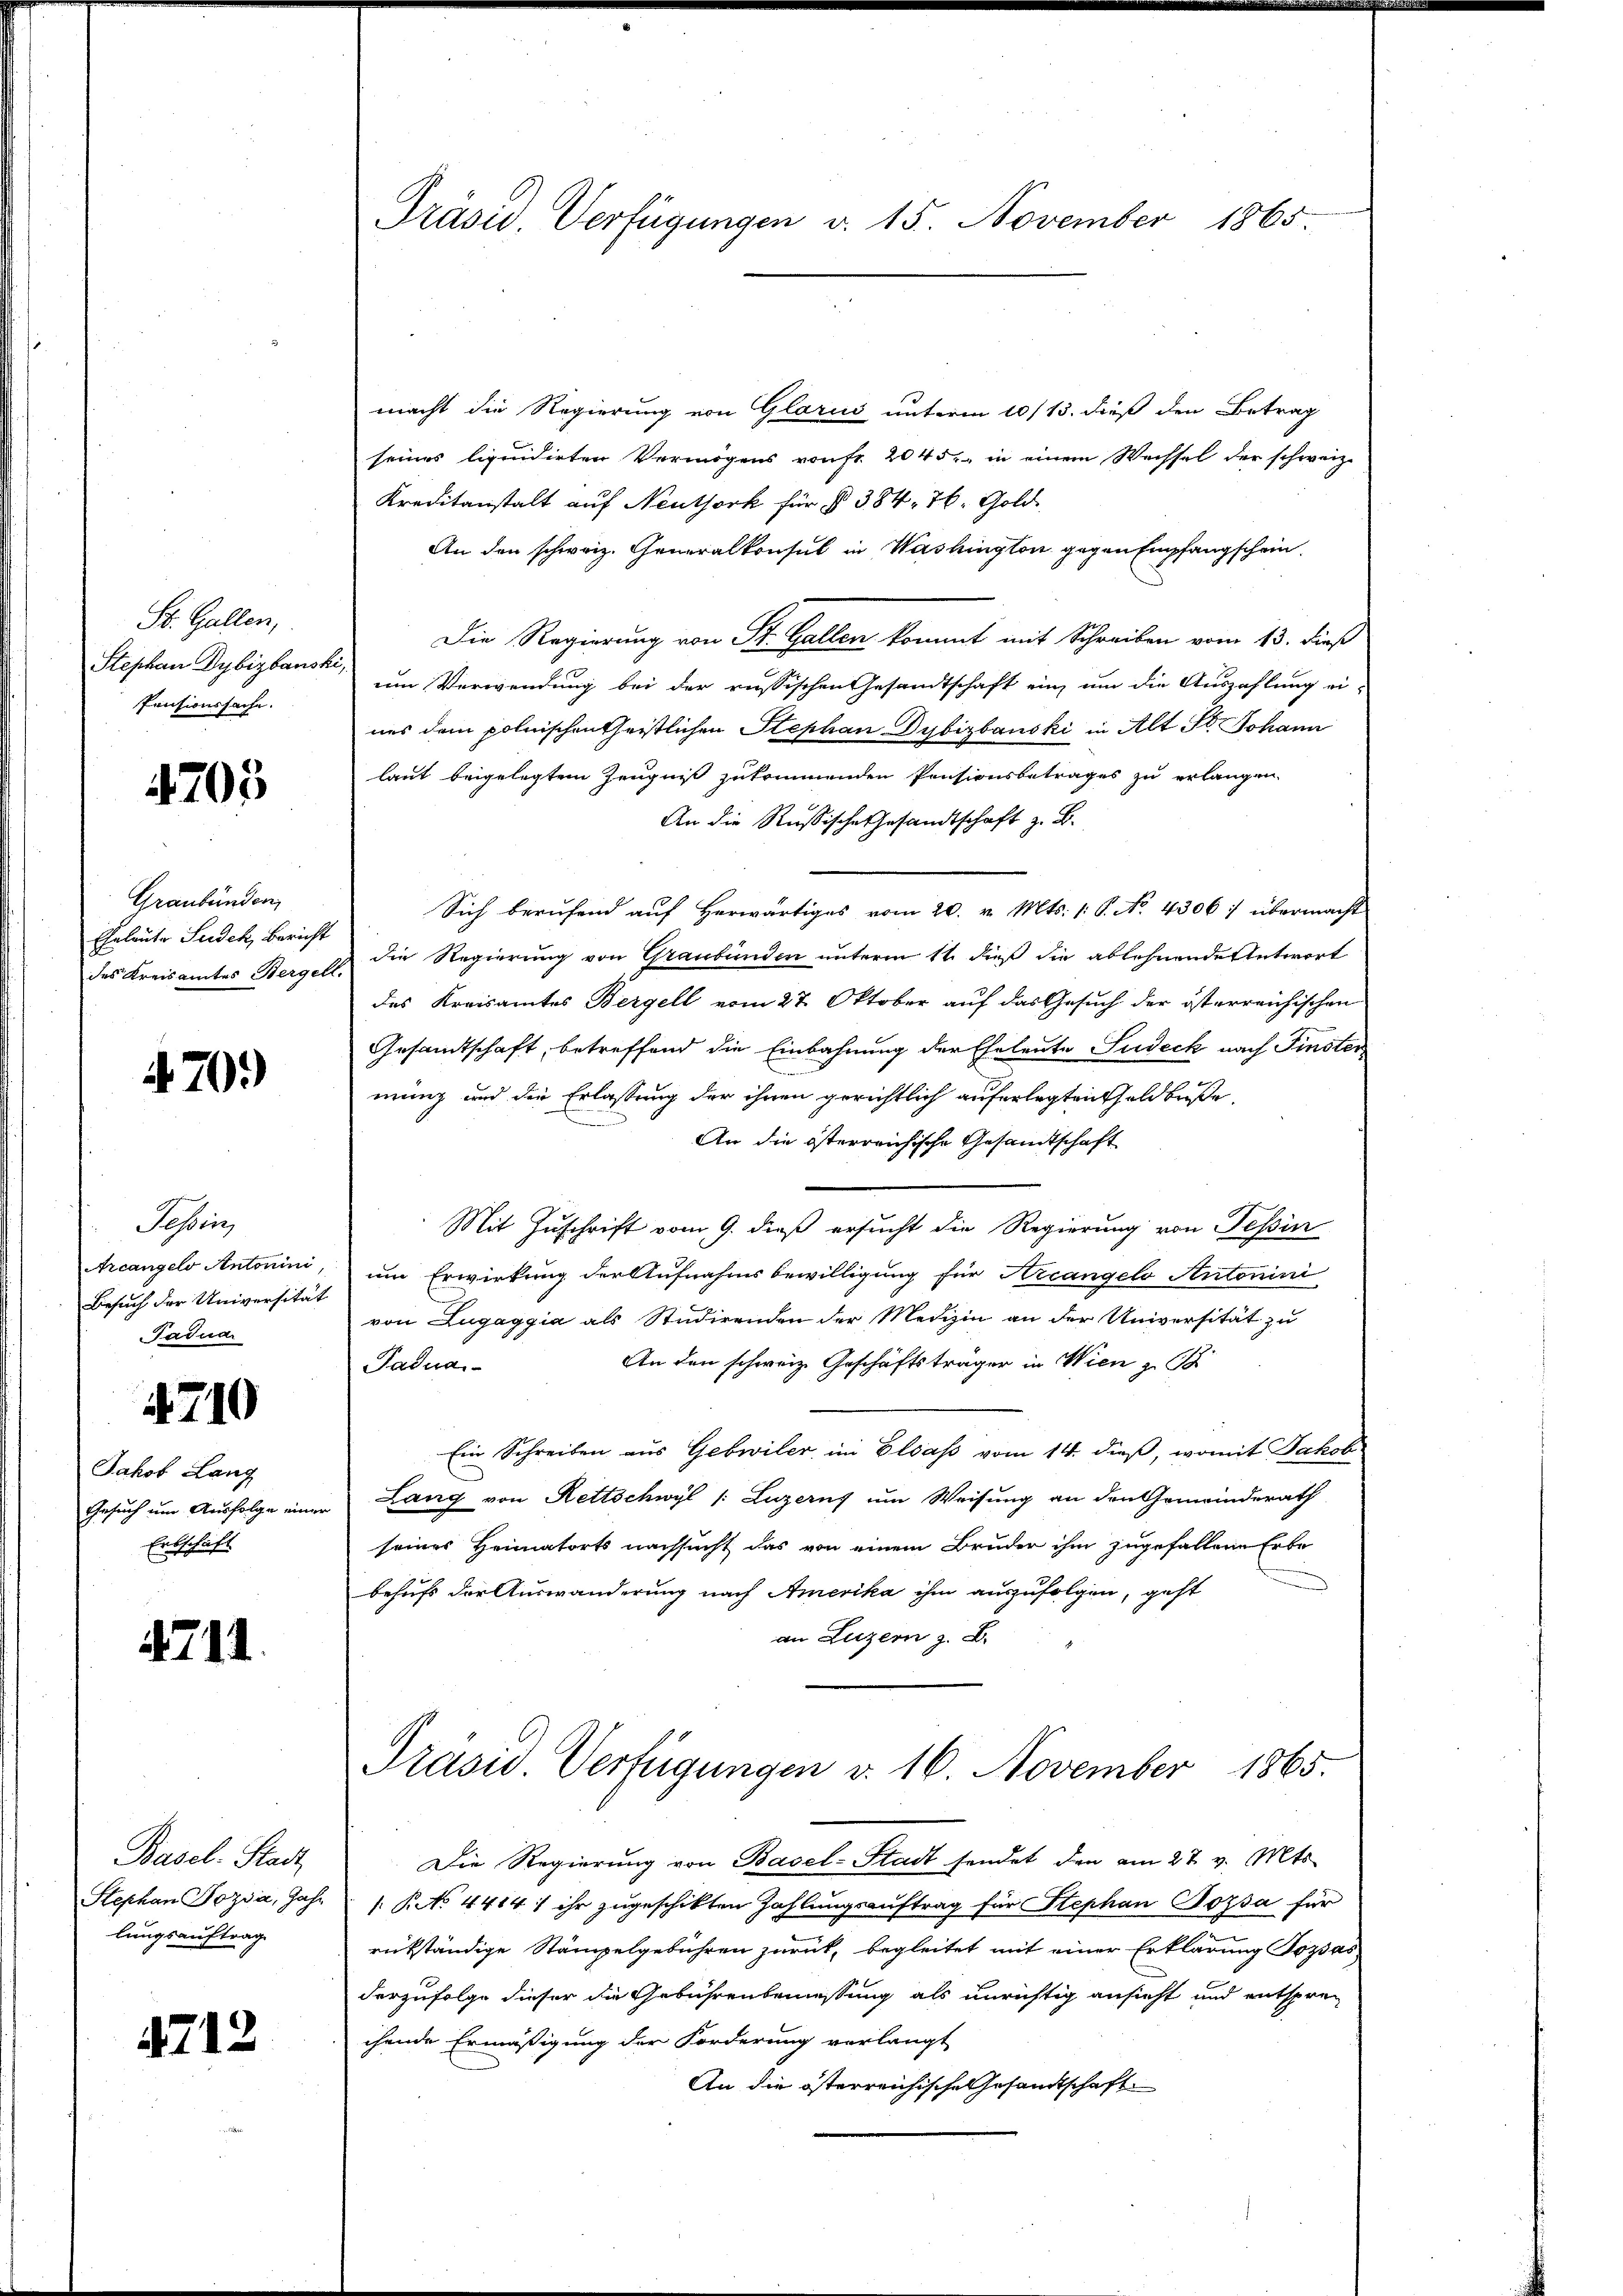
St. Gallen,
Stephan Dybizbausk
Pensionssache.

4705

Graubünden,
Eheleute Seidek, Bericht
des Kreisamtes Bergell

470.

Tessin,
Arcangelo Antonini,
Besuch der Universität
Tadua

4710

Jakob Lang
Gesuch um Ausfolge eine
Erbschäft

4711

Basel. Stadt
Stephan Pozda, Jahr
lungsauftrag

4712

Präsid. Verfügungen v. 15. November 1865.

macht die Regierung von Glarus unterm 10/13. dieß den Betrag
seines liquidirten Vermögens von fr. 2045, in einem Wechsel der schweiz.
Kreditanstalt auf Neuthork für § 384, 76, Gold
An den schweiz. Generalkonsul in Washington gegen Empfangschein.
Die Regierung von St. Gallen kommt mit Schreiben vom 13. dieß
 um Verwendung bei der russischen Gesandtschaft ein, um die Auszahlung eines dem polnischentheistlichen Stephan Dybizbauski in Alt St. Johann
laut beigelegtem Zeugnis zukommenden Pensionsbetrages zu erlangen,
An die Reußische Gesandtschaft z. B.
Sich berufend auf herwärtiges vom 20. v. Mts. 1. P. No. 4306) übermacht
die Regierung von Graubünden unterm 11. dieß die ablehnende Antwort
des Kreisamtes Bergell vom 27. Oktober auf das Gesuch der österreichischen
Gesamtschaft, betreffend die Einbahnung der Eheleute Judeck nach Finster
mung und die Erlassung der ihnen gerichtlich auferlegten Geldbuße,
An die österreichische Gesandtschaft
Mit Zuschrift vom 9. dieß ersucht die Regierung von Tessin
um Erwirkung der Aufnahmsbewilligung für Arcangelo Antonini
von Lugaggia als Studirenden der Medizin an der Universität zu
An den schweiz. Geschäftsträger in Wien z
Padua
Ein Schreiben aus Gebwiler im Elsaß vom 14. dieß, womit Jakob
Lang von Rettschwyl /: Luzerns um Weisung an den Gemeinderath
seines Heimatorts nachsucht das von einem Bruder ihm zugefallene Erbe
behufs der Auswanderung nach Amerika ihm auszufolgen, geht
an Luzern z. B.
Präsid. Verfügungen d. 16. November 1865.
Die Regierung von Basel-Stadt sendet den am 27. v. Mts.
1 Ro. 4414 f ihr zugeschikten Zahlungsauftrag für Stephan Popsa für
rükständige Stämpelgebühren zurück, begleitet mit einer Erklärung Pozsas
derzufolge dieser die Gebührenbemessung als unrichtig ansicht und entsprec
chende Ermäßigung der Forderung verlangt
An die österreichische Gesandtschaft